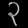
Digit: ၃